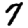
Digit: 7